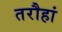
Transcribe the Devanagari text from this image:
तरौहां